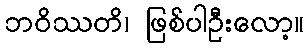
ဘဝိဿတိ၊ ဖြစ်ပါဦးလော့။